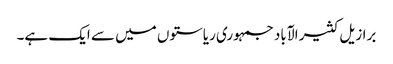
برازیل کثیر الآباد جمہوری ریاستوں میں سے ایک ہے۔